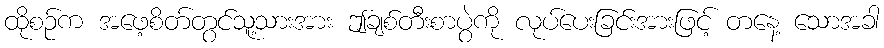
ထိုစဉ်က အဖေ့စိတ်တွင်သူ့သားအား ဤချစ်တီးစာပွဲကို လုပ်ပေးခြင်းအားဖြင့် တနေ့ သောအခါ